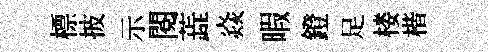
標披示閲蕋焱暇鐙足楼楷